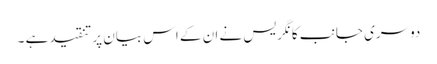
دوسری جانب کانگریس نے ان کے اس بیان پر تنقیدہے ۔